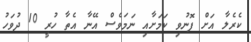
ކެރެލާ އަށް ފޮނުވި ކަމަށާއި ނަމަވެސް އޭނާ އެތާ ހުރީ 10 ދުވަހު